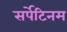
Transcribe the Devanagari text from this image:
सर्पेटिनम